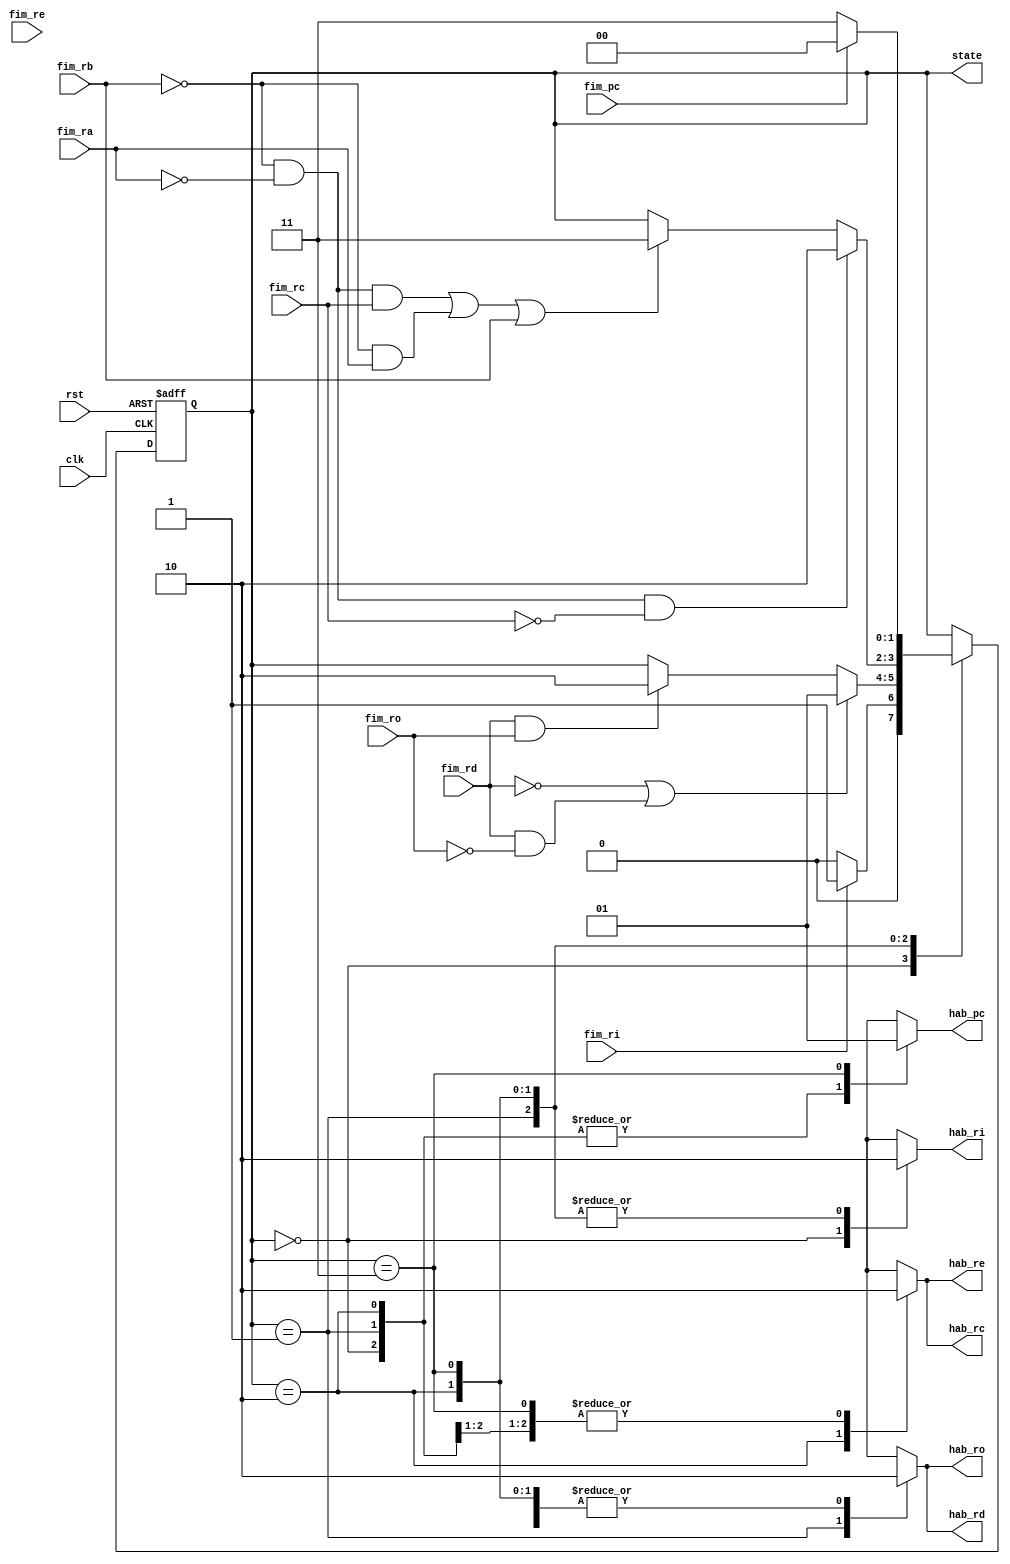
module moore (
    input wire clk, rst,
    input wire fim_pc, fim_ra, fim_rb, fim_rc, fim_rd, fim_ri, fim_ro, fim_re,
    output reg hab_pc, hab_rd, hab_ro, hab_rc, hab_re, hab_ri,
    output wire [1:0] state
);

// Declare state register
reg [1:0] sta;
assign state = sta;

// Declare states
parameter fetch = 0, decode = 1, execute = 2, conta = 3;

// Output depends only on the state
always @ (posedge clk or posedge rst) 
	begin
	  if (rst)
			sta <= fetch;
	  else
			case (sta)
				 fetch:
					  if (!fim_ri)
							sta <= fetch;
					  else
							sta <= decode;
				 decode:
					  if ((!fim_rd) || ((fim_rd) && (!fim_ro)))
							sta <= decode;
					  else if ((fim_rd) && (fim_ro))
							sta <= execute;
				 execute:
					  if (((!fim_rb) && (!fim_ra)) && (!fim_rc))
							sta <= execute;
					  else if ((!fim_rb && !fim_ra && fim_rc) || (!fim_rb && fim_ra) || (fim_rb))
							sta <= conta;
				 conta:
					  if (!fim_pc)
							sta <= conta;
					  else
							sta <= fetch;
			endcase
	end

	
always @ (sta) 
	begin
		case (sta)
			fetch:
				begin
					hab_ri <= 1'b1;
					hab_pc <= 1'b0;
					hab_rd <= 1'b0;
					hab_ro <= 1'b0;
					hab_rc <= 1'b0;
					hab_re <= 1'b0;
				end
			decode:
				begin
					hab_ro <= 1'b1;
					hab_rd <= 1'b1;
					hab_pc <= 1'b0;
					hab_rc <= 1'b0;
					hab_re <= 1'b0;
					hab_ri <= 1'b0;
				end
			execute:
				begin
					hab_re <= 1'b1;
					hab_pc <= 1'b0;
					hab_rd <= 1'b0;
					hab_ro <= 1'b0;
					hab_rc <= 1'b1;
					hab_ri <= 1'b0;
				end
			conta:
				begin
					hab_rc <= 1'b0;
					hab_pc <= 1'b1;
					hab_rd <= 1'b0;
					hab_ro <= 1'b0;
					hab_re <= 1'b0;
					hab_ri <= 1'b0;
				end
			default:
				begin
					hab_pc = 1'b0;
					hab_rd = 1'b0;
					hab_ro = 1'b0;
					hab_rc = 1'b0;
					hab_re = 1'b0;
					hab_ri = 1'b0;
				end	

		endcase
	end
	

endmodule